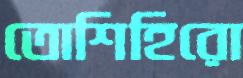
তোশিহিরো